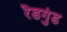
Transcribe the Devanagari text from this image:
रैडगुंड